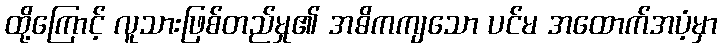
ထို့ကြောင့် လူသားဖြစ်တည်မှု၏ အဓိကကျသော ပင်မ အထောက်အပံ့မှာ